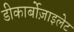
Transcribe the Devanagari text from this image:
डीकार्बोज़ाइलेट